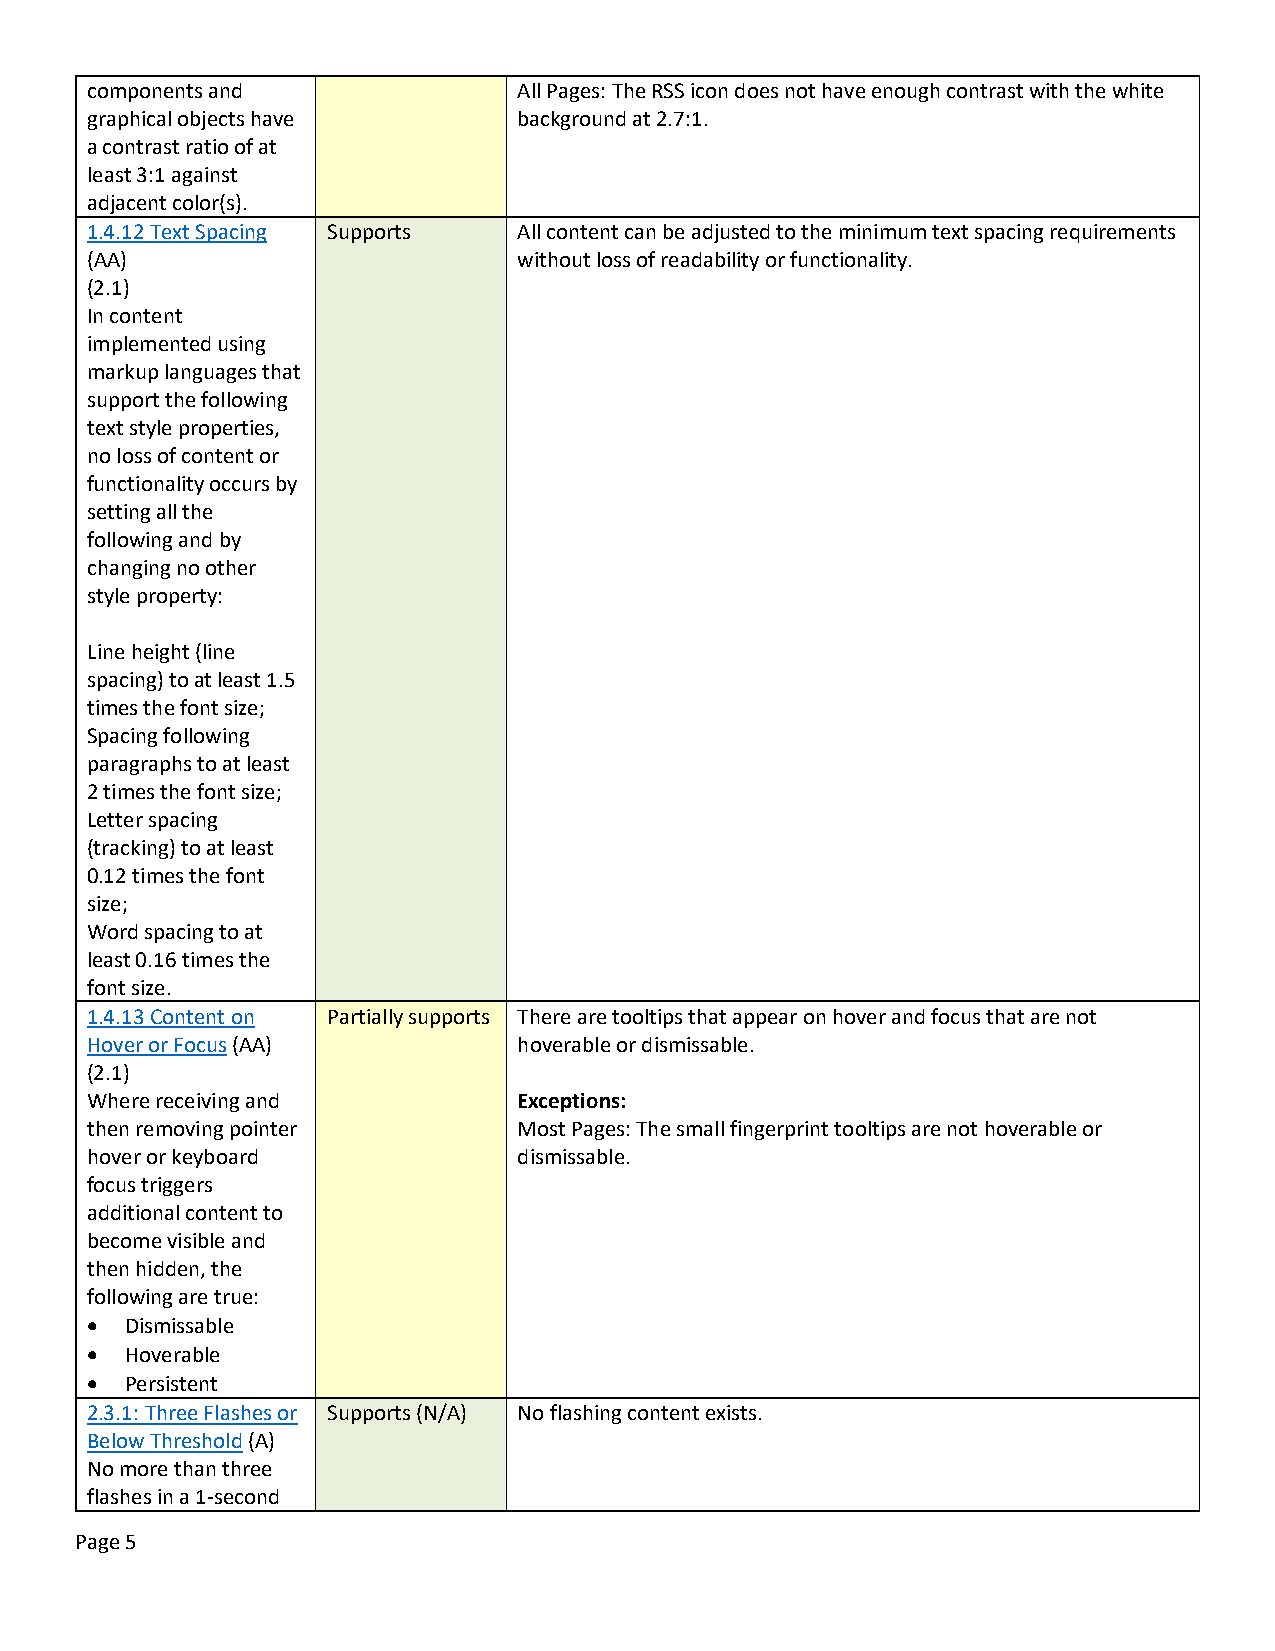
components and              All Pages: The RSS icon does not have enough contrast with the white
 graphical objects have      background at 2.7:1.
 a contrast ratio of at
 least 3:1 against
 adjacent color(s).
 1.4.12 Text Spacing Supports All content can be adjusted to the minimum text spacing requirements
 (AA)                        without loss of readability or functionality.
 (2.1)
 In content
 implemented using
 markup languages that
 support the following
 text style properties,
 no loss of content or
 functionality occurs by
 setting all the
 following and by
 changing no other
 style property:
 Line height (line
 spacing) to at least 1.5
 times the font size;
 Spacing following
 paragraphs to at least
 2 times the font size;
 Letter spacing
 (tracking) to at least
 0.12 times the font
 size;
 Word spacing to at
 least 0.16 times the
 font size.
 1.4.13 Content on Partially supports There are tooltips that appear on hover and focus that are not
 Hover or Focus (AA)         hoverable or dismissable.
 (2.1)
 Where receiving and         Exceptions:
 then removing pointer       Most Pages: The small fingerprint tooltips are not hoverable or
 hover or keyboard           dismissable.
 focus triggers
 additional content to
 become visible and
 then hidden, the
 following are true:
 • Dismissable
 • Hoverable
 • Persistent
 2.3.1: Three Flashes or Supports (N/A) No flashing content exists.
 Below Threshold (A)
 No more than three
 flashes in a 1-second
 Page 5